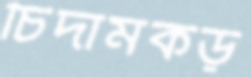
চিদামকড়